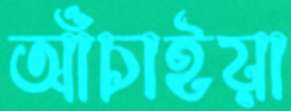
আঁচাইয়া